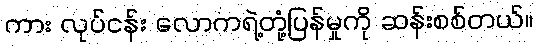
ကား လုပ်ငန်း လောကရဲ့တုံ့ပြန်မှုကို ဆန်းစစ်တယ်။